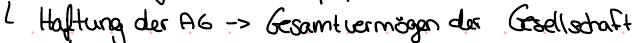
Haftung der AG -> Gesamtvermögen der Gesellschaft